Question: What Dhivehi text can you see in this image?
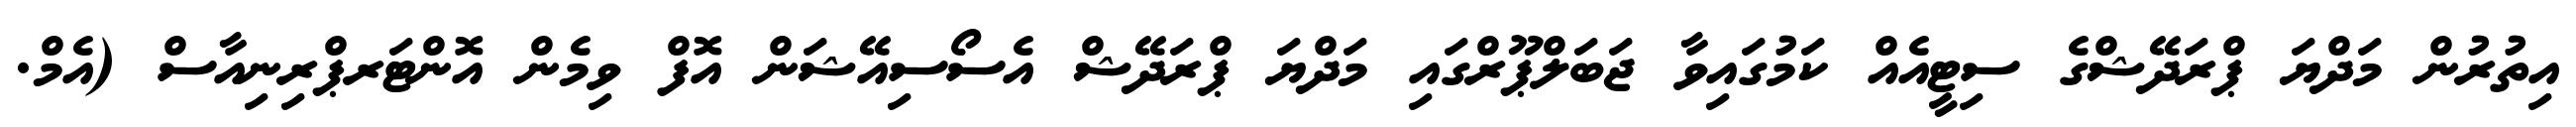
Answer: އިތުރުން މަދްޔަ ޕްރަދޭޝްގެ ސިޓީއެއް ކަމުގައިވާ ޖަބަލްޕޫރްގައި މަދްޔަ ޕްރަދޭޝް އެސޯސިއޭޝަން އޮފް ވިމެން އޮންޓަރޕްރިނިއާސް (އެމް.